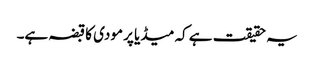
یہ حقیقت ہے کہ میڈیا پر مودی کا قبضہ ہے۔